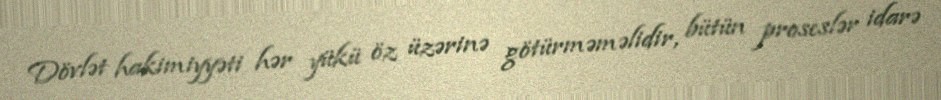
Dövlət hakimiyyəti hər yükü öz üzərinə götürməməlidir, bütün proseslər idarə